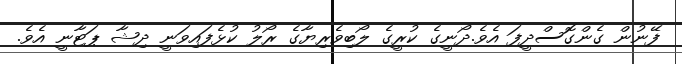
ފޭނުން ގެންގޮސްދީފަ އެވެ.ދޯނީގެ ކުރީގެ ލޯބިވެރިޔާގެ ރޯލު ކުޅެފައިވަނީ ދިޝާ ޕަޓާނީ އެވެ.